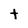
Character: t